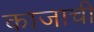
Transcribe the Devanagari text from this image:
काजाची